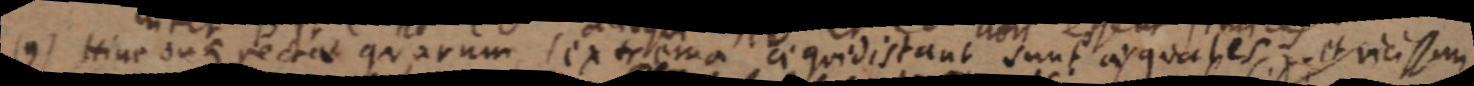
(9) Hinc duae rectae quarum extrema aequidistant sunt aequales et vicissimus